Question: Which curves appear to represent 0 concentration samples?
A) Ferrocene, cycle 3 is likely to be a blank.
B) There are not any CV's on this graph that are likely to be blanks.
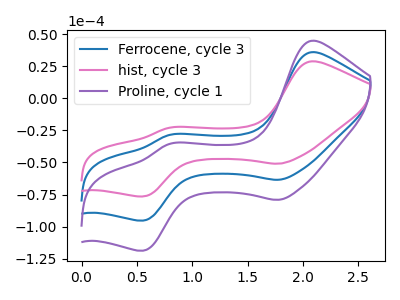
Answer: <think>The blue curve "Ferrocene, cycle 3" has anodic peaks at (2.10V, 36.10uA) (0.80V, -28.50uA) and cathodic peaks at (1.80V, -63.45uA) (0.55V, -95.35uA). The pink curve "hist, cycle 3" has anodic peaks at (2.10V, 29.00uA) (0.80V, -22.85uA) and cathodic peaks at (1.80V, -50.95uA) (0.55V, -76.50uA). The purple curve "Proline, cycle 1" has anodic peaks at (2.10V, 72.25uA) (0.80V, -57.00uA) and cathodic peaks at (1.80V, -126.95uA) (0.55V, -190.65uA).</think>
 <answer>B) There are not any CV's on this graph that are likely to be blanks.</answer>
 <eval>B</eval>